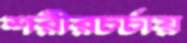
শরীরচর্চায়